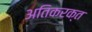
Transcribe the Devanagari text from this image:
अतिकरक्त